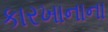
કારખાનાના